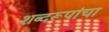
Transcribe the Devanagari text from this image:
शब्दरूपांचा